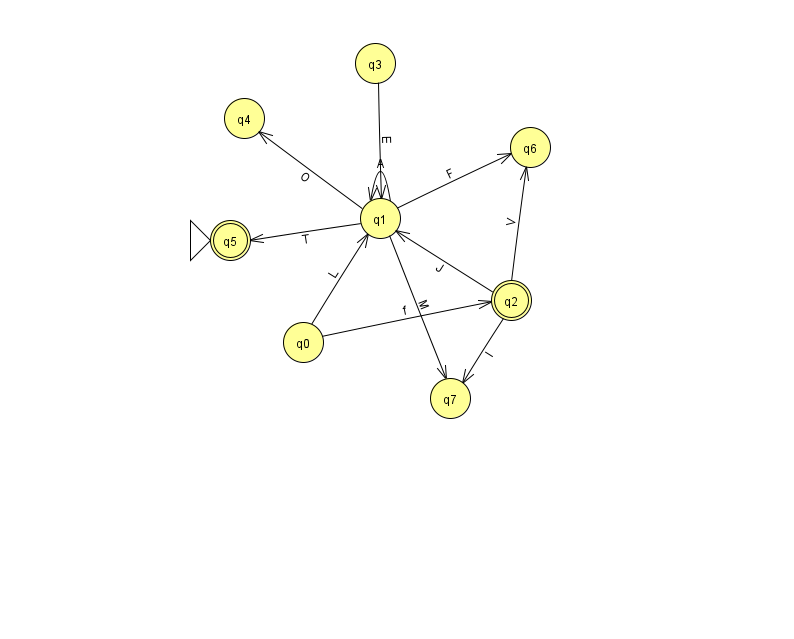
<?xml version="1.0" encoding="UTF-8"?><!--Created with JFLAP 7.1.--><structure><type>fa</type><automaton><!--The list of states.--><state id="0" name="q0"><x>303.0</x><y>329.0</y></state><state id="1" name="q1"><x>380.0</x><y>205.0</y></state><state id="2" name="q2"><x>511.0</x><y>287.0</y><final/></state><state id="3" name="q3"><x>375.0</x><y>50.0</y></state><state id="4" name="q4"><x>244.0</x><y>105.0</y></state><state id="5" name="q5"><x>230.0</x><y>227.0</y><initial/><final/></state><state id="6" name="q6"><x>530.0</x><y>134.0</y></state><state id="7" name="q7"><x>450.0</x><y>385.0</y></state><!--The list of transitions.--><transition><from>3</from><to>1</to><read>E</read></transition><transition><from>1</from><to>1</to><read>A</read></transition><transition><from>0</from><to>1</to><read>L</read></transition><transition><from>1</from><to>4</to><read>O</read></transition><transition><from>0</from><to>2</to><read>f</read></transition><transition><from>1</from><to>5</to><read>T</read></transition><transition><from>1</from><to>7</to><read>M</read></transition><transition><from>2</from><to>1</to><read>J</read></transition><transition><from>1</from><to>6</to><read>F</read></transition><transition><from>2</from><to>6</to><read>V</read></transition><transition><from>2</from><to>7</to><read>l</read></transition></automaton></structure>